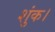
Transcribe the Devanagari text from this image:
शुंक।